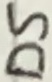
Text: D5